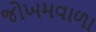
જોખમવાળા